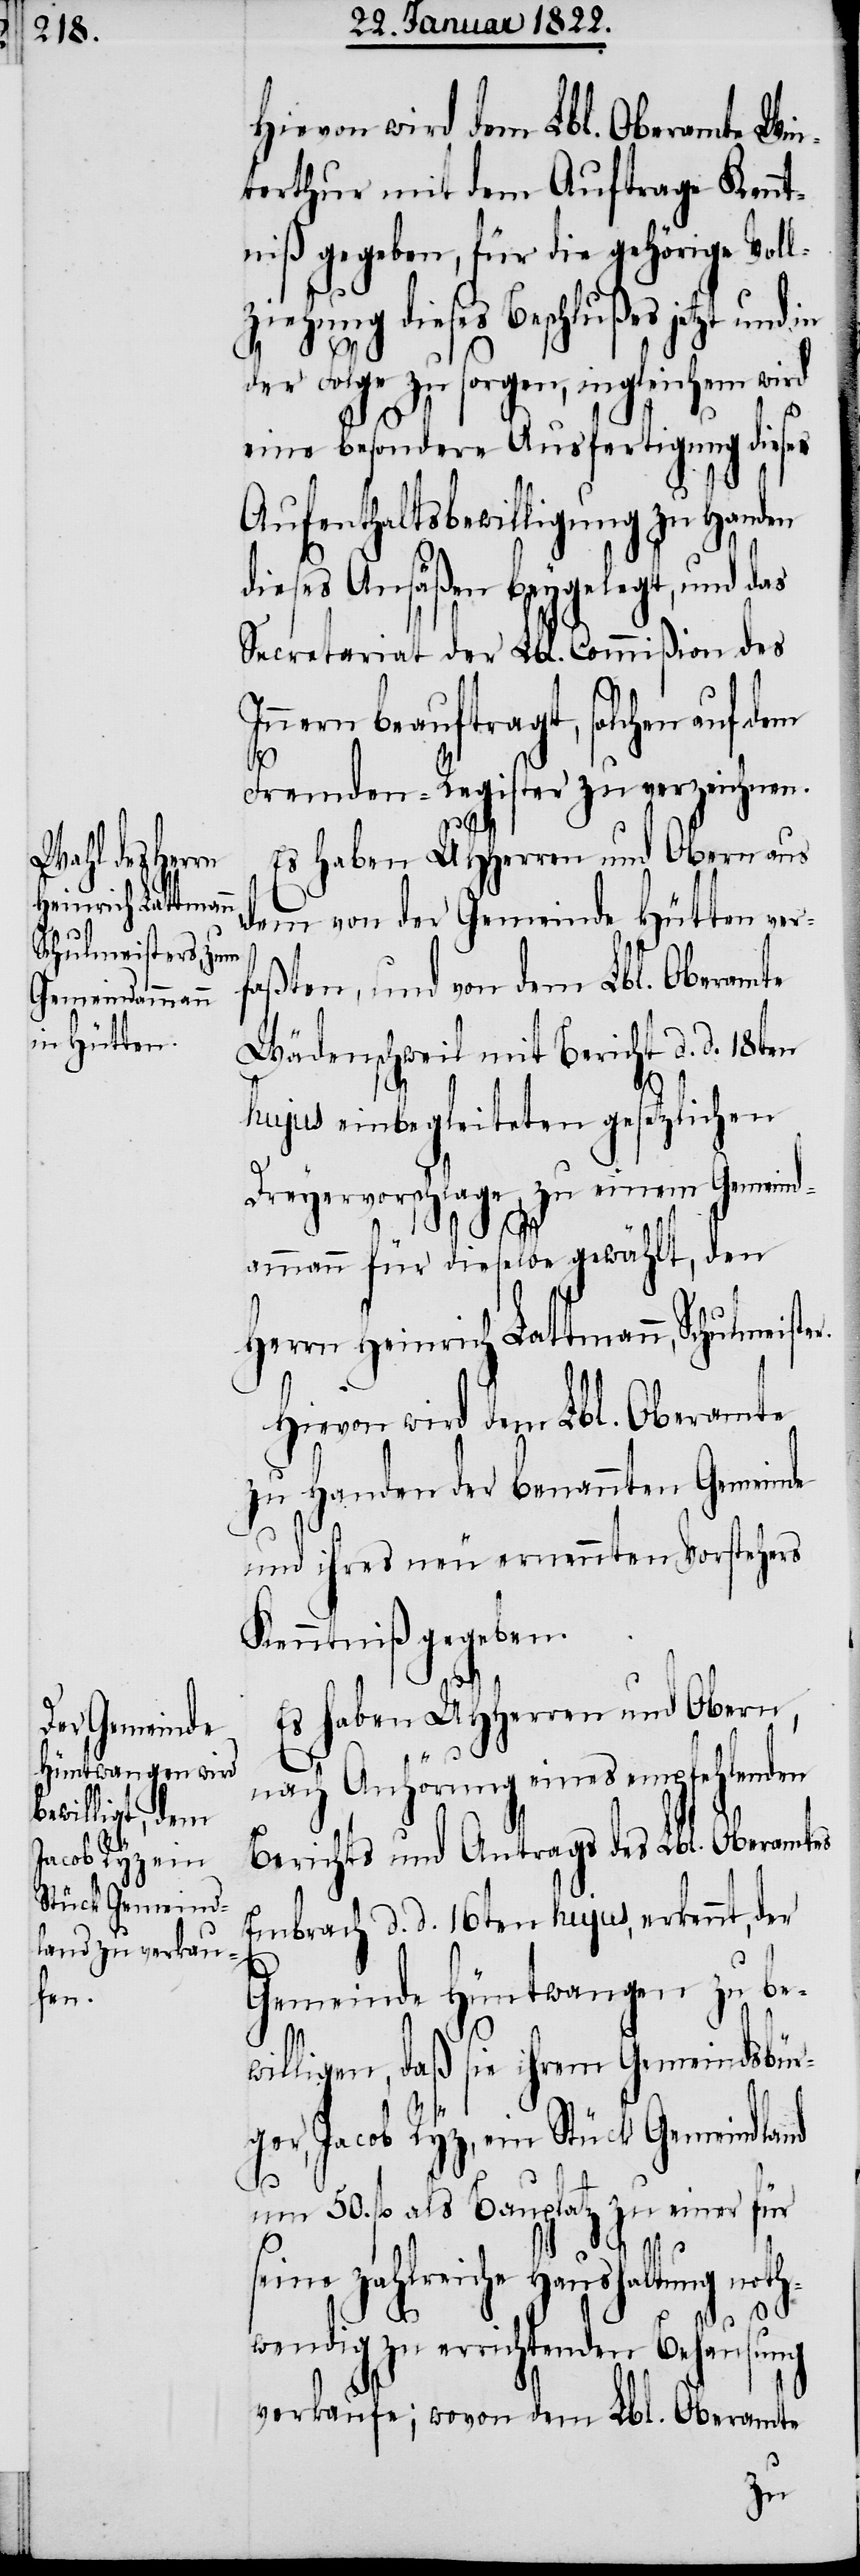
Hievon wird dem Lbl. Oberamte Win¬
terthur mit dem Auftrage Kennt¬
niß gegeben, für die gehörige Vol¬
lziehung dieses Beschlußes jetzt und
der Folge zu sorgen, ingleichem wird
eine besondere Ausfertigung dieser
Aufenthaltsbewilligung zu Handen
dieses Ansäßen beygelegt, und das
Secretariat der Lbl. Commißion des
Innern beauftragt, solchen auf dem
Fremden-Register zu verzeichnen.
Es haben UHHerren und Obern aus
dem von der Gemeinde Hütten ver¬
faßten, und von dem Lbl. Oberamte
Wädenschweil mit Bericht d. d. 18ten
hujus einbegleiteten gesetzlichen
Dreyervorschlage, zu einem Gemeind¬
ammann für dieselbe gewählt, den
Herrn Heinrich Lattmann, Schulmeister.
Hievon wird dem Lbl. Oberamte
zu Handen der benannten Gemeinde
und ihres neu ernennten Vorstehers
Kenntniß gegeben.
wen¬
Es haben UHHerren und Obern,
nach Anhörung eines empfehlenden
Berichts und Antrags des Lbl. Oberamtes
Embrach d. d. 16ten hujus, erkennt, der
Gemeinde Hüntwangen zu be¬
willigen, daß sie ihrem Gemeindbür¬
ger, Jacob Ryz, ein Stück Gemeindland
um 50. fl. als Bauplatz zu einer für
seine zahlreiche Haushaltung noth¬
dig zu errichtenden Behausung
verkaufe; wovon dem Lbl. Oberamte